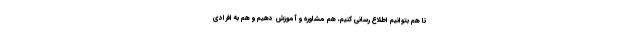
تا هم بتوانیم اطلاع رسانی کنیم، هم مشاوره و آموزش دهیم و هم به افرادی